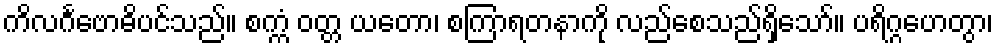
ကိလင်္ဂဗောဓိပင်သည်။ စက္ကံ ဝတ္တ ယတော၊ စကြာရတနာကို လည်စေသည်ရှိသော်။ ပရိဂ္ဂဟေတွာ၊